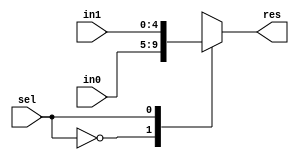
`timescale 1ns / 1ps
//////////////////////////////////////////////////////////////////////////////////
// Company: 
// Engineer: 
// 
// Design Name: 
// Module Name: MUX1_2_5bit
// Project Name: 
// Target Devices: 
// Tool Versions: 
// Description: 
// 
// Dependencies: 
// 
// Revision:
// Revision 0.01 - File Created
// Additional Comments:
// 
//////////////////////////////////////////////////////////////////////////////////


module MUX1_2_5bit(
       input [4:0] in0,
       input [4:0] in1,
       input sel,
       output reg [4:0] res
    );
    
    always@(in0 or in1 or sel)
    begin
        case(sel)
        0: res <= in0;
        1: res <= in1;
        default: res <= in0;
        endcase
    end
endmodule